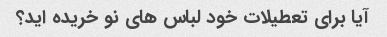
آیا برای تعطیلات خود لباس های نو خریده اید؟